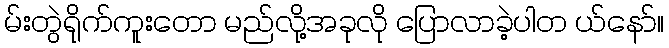
မ်းတွဲရိုက်ကူးတော မည်လို့အခုလို ပြောလာခဲ့ပါတ ယ်နော်။